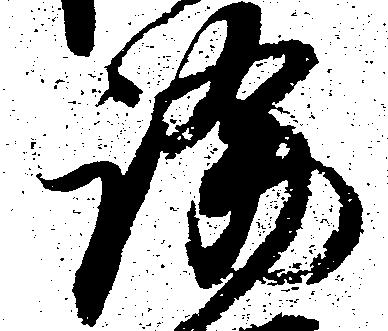
論